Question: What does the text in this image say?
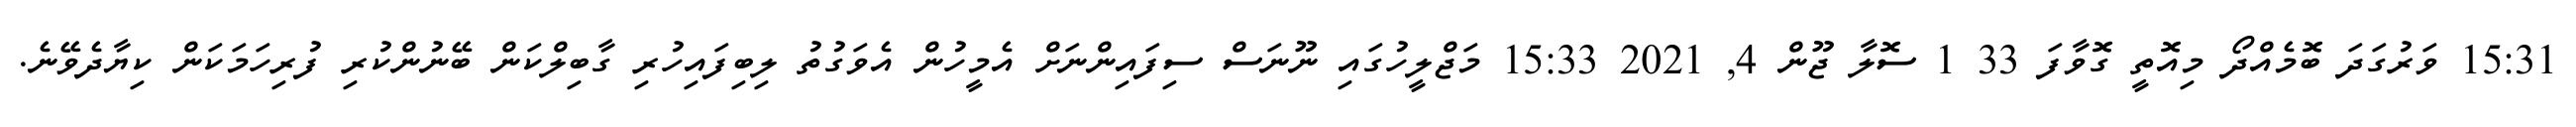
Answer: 15:31 ވަރުގަދަ ބޮމެއްދޯ މިއޮތީ ގޮވާފަ 33 1 ސޮލާ ޖޫން 4, 2021 15:33 މަޖްލީހުގައި ނޫނަސް ސިފައިންނަށް އެމީހުން އެވަގުތު ލިބިފައިހުރި ގާބިލްކަން ބޭނުންކުރި ފުރިހަމަކަން ކިޔާދެވޭނެ.